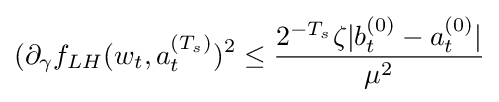
(\partial _{\gamma }f_{LH}(w_{t},a_{t}^{(T_{s})})^{2}\leq {\frac {2^{-T_{s}}\zeta |b_{t}^{(0)}-a_{t}^{(0)}|}{\mu ^{2}}}